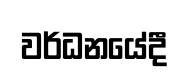
වර්ධනයේදී